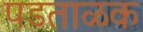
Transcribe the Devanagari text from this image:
पडताळक